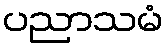
ပညာသမံ